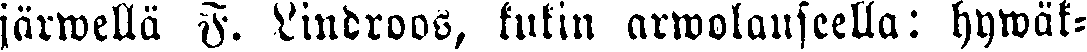
järwellä F. Lindroos, kukin arwolauseella: hywäk-